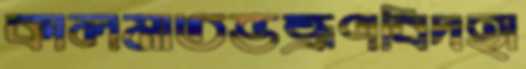
কালমাতভভ্রূণবিদহা